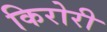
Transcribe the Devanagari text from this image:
किरोरी